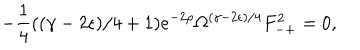
- \frac { 1 } { 4 } ( ( \gamma - 2 \epsilon ) / 4 + 1 ) e ^ { - 2 \rho } \Omega ^ { ( \gamma - 2 \epsilon ) / 4 } F _ { - + } ^ { 2 } = 0 ,